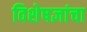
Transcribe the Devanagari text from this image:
विशेषज्ञांचा